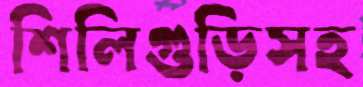
শিলিগুড়িসহ